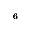
_ 6